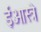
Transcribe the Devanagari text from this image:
ईओस्त्रे